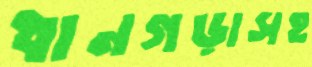
ধানগড়াসহ